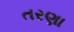
તરણા